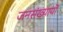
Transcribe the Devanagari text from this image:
जनसंख्यायों